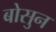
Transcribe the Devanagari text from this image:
बोसुन